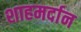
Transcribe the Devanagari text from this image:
शाहमर्दान